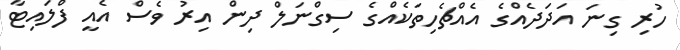
ހުރި ގިނަ އަދަދެއްގެ އެއްޗެހިތަކެއްގެ ސިގްނަލް ދިން އިރު ވެސް އެއީ ފްލައިޓާ